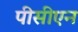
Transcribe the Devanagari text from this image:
पीसीएन